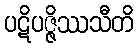
ပဋိပဇ္ဇိဿသီတိ